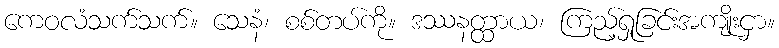
ကေဝလံသက်သက်။ သေနံ၊ စစ်တပ်ကို။ ဒဿနတ္ထာယ၊ ကြည့်ရှုခြင်းအကျိုးငှာ။